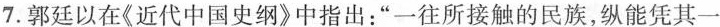
7.郭廷以在《近代中国史纲》中指出：”一往所接触的民族，纵能凭其一